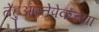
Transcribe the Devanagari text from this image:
तेहुआन्तेपेकच्या